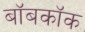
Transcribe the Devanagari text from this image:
बॉबकॉक